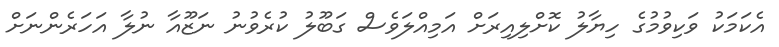
އެކަމަކު ވަކިވުމުގެ ހިޔާލު ކޮށްލިއިރަށް އަމިއްލަވެސް ގަބޫލު ކުރެވުނު ނަޒޫއާ ނުލާ އަހަރެންނަށް